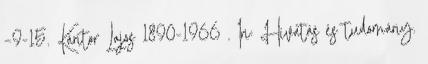
–9-15. Kántor Lajos 1890-1966 . In: Hivatás és tudomány.